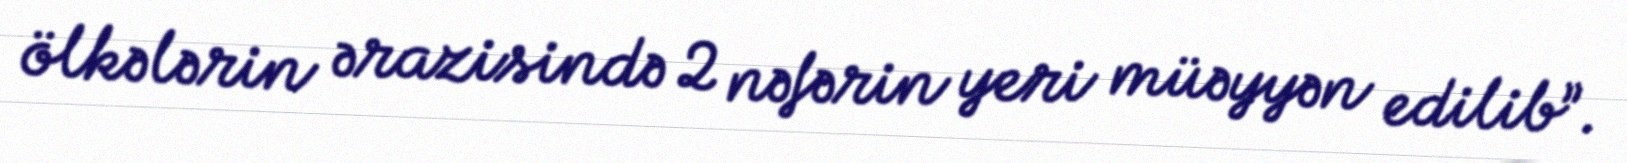
ölkələrin ərazisində 2 nəfərin yeri müəyyən edilib”.